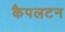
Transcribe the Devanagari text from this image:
कैपलटन